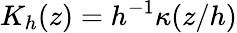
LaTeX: K_{h}(z)=h^{-1}\kappa(z/h)